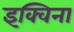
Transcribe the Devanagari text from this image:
इक्विना